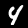
Digit: 4